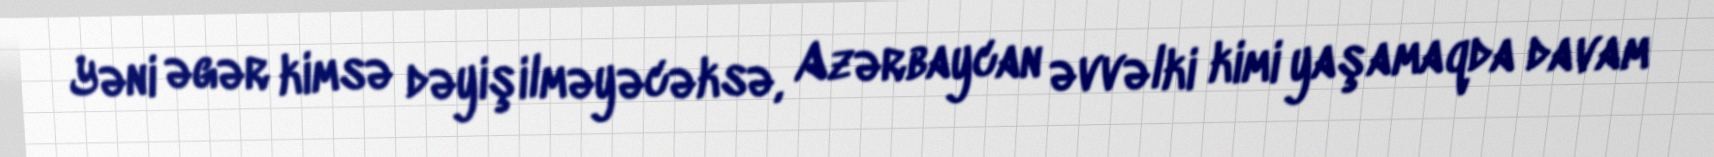
Yəni əgər kimsə dəyişilməyəcəksə, Azərbaycan əvvəlki kimi yaşamaqda davam